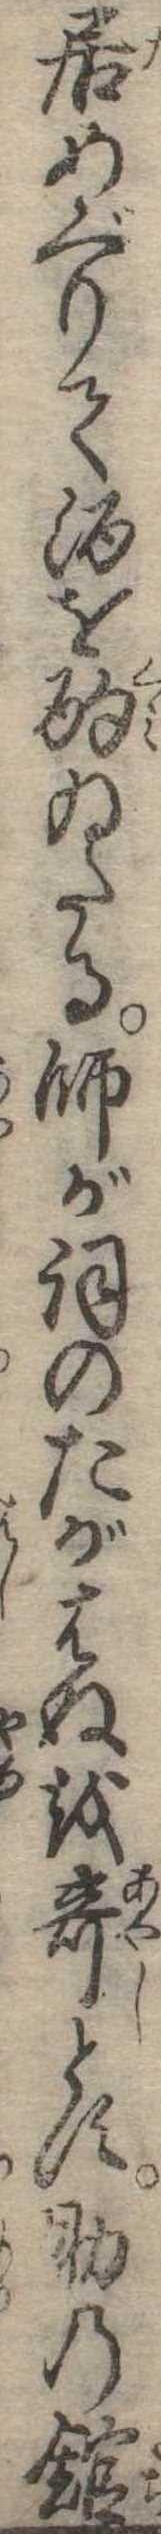
居めぐりて酒を酌ゐたる師が詞のたがはぬを奇とす助の館